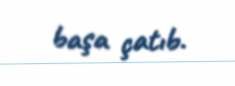
başa çatıb.